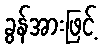
ခွန်အားဖြင့်